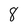
Character: 8